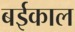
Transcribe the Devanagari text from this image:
बईकाल